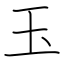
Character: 玉